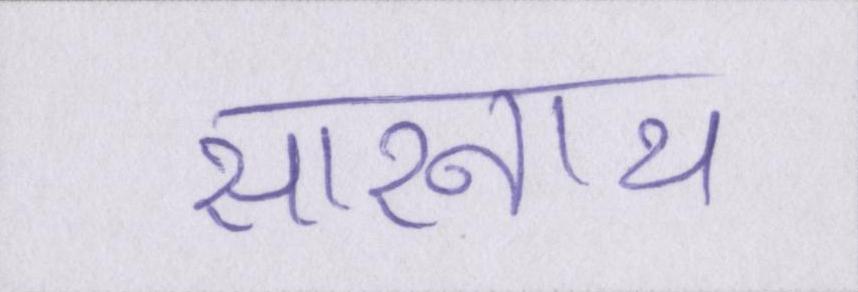
सारनाथ